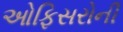
ઓફિસરોની